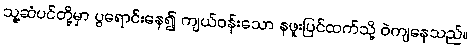
သူ့ဆံပင်တို့မှာ ပွရောင်းနေ၍ ကျယ်ဝန်းသော နဖူးပြင်ထက်သို့ ဝဲကျနေသည်။